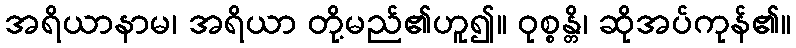
အရိယာနာမ၊ အရိယာ တို့မည်၏ဟူ၍။ ဝုစ္စန္တိ၊ ဆိုအပ်ကုန်၏။